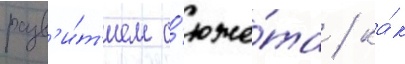
разв'и́т'ием с'юже́та / ка́к